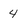
Character: 4